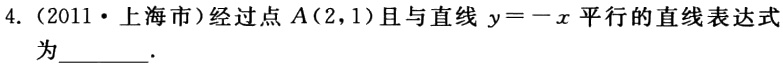
4.（2011·上海市）经过点\(A(2,1)\)且与直线\(y = -x\)平行的直线表达式为  ．